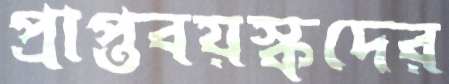
প্রাপ্তবয়স্কদের